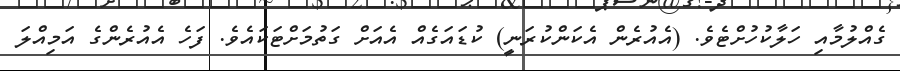
ގެއްލުމާއި ހަލާކުހުށްޓެވެ. (އެއުރެން އެކަންކުރަނީ) ކުޑައަގެއް އެއަށް ގަތުމަށްޓަކައެވެ. ފަހެ އެއުރެންގެ އަމިއްލަ